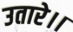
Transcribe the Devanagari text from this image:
उतारे।।